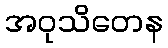
အဝုသိတေန